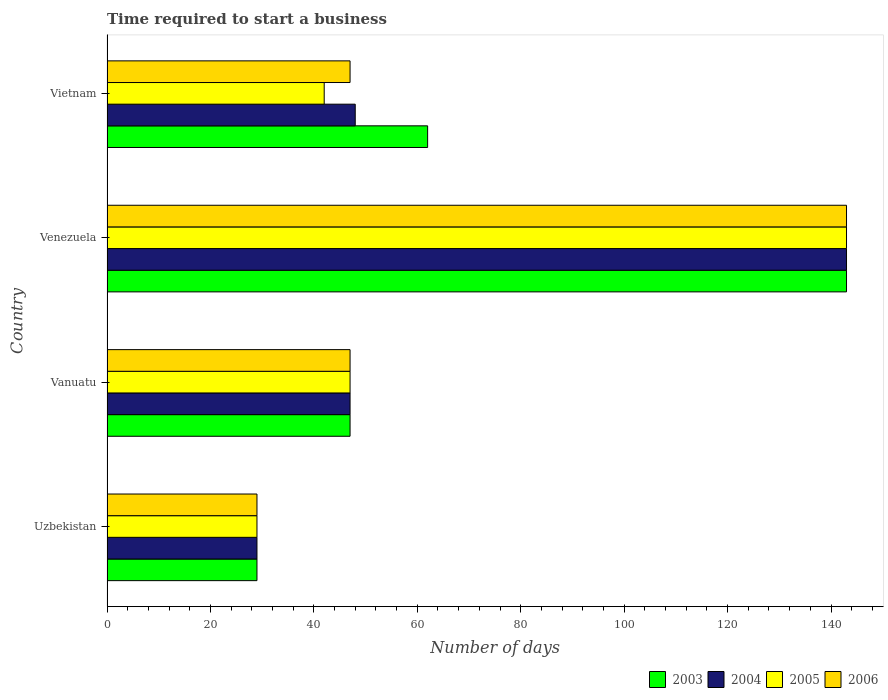
| Country | 2003 | 2004 | 2005 | 2006 |
 | --- | --- | --- | --- | --- |
 | Uzbekistan | 29 | 29 | 29 | 29 |
 | Vanuatu | 47 | 47 | 47 | 47 |
 | Venezuela | 143 | 143 | 143 | 143 |
 | Vietnam | 62 | 48 | 42 | 47 |